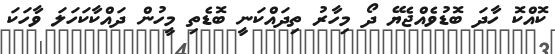
ކޮއްކޮ ހާދަ ބޮޑުވެއްޖެޔޭ ދޯ މިހާރު ތިދައްކަނީ ބޮޑެތި މީހުން ދައްކާކަހަލަ ވާހަކަ